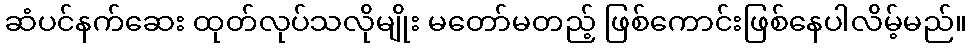
ဆံပင်နက်ဆေး ထုတ်လုပ်သလိုမျိုး မတော်မတည့် ဖြစ်ကောင်းဖြစ်နေပါလိမ့်မည်။